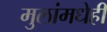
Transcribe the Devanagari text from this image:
मुलांमधेही